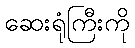
ဆေးရုံကြီးကို